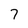
Character: 7